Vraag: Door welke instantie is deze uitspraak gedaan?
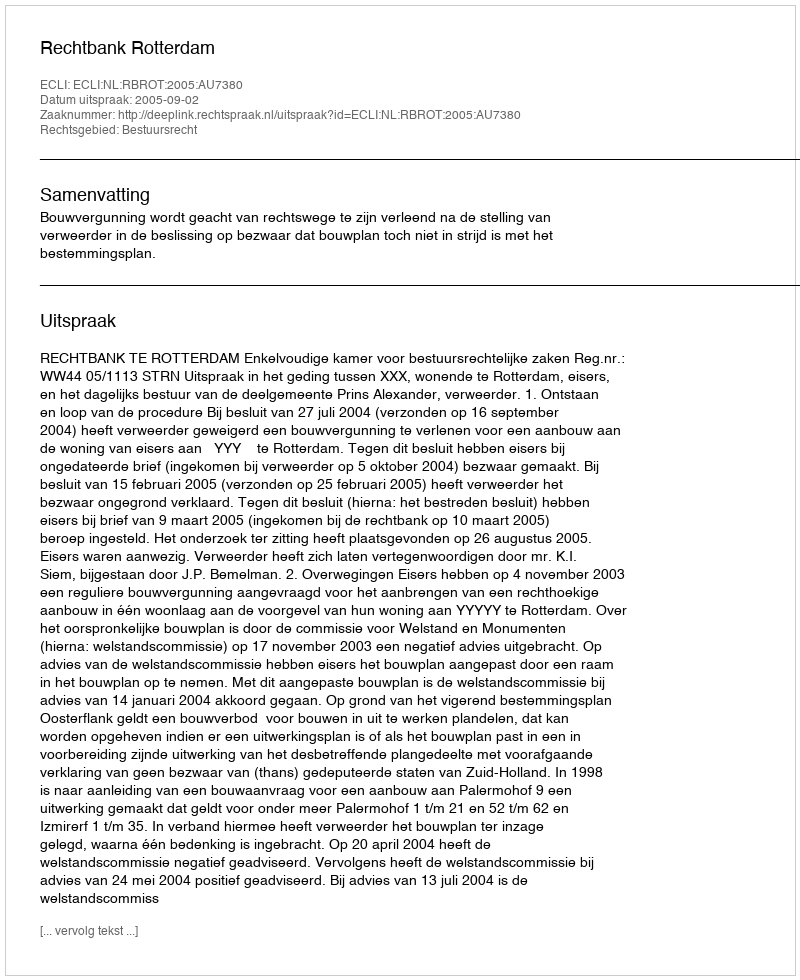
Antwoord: Rechtbank Rotterdam